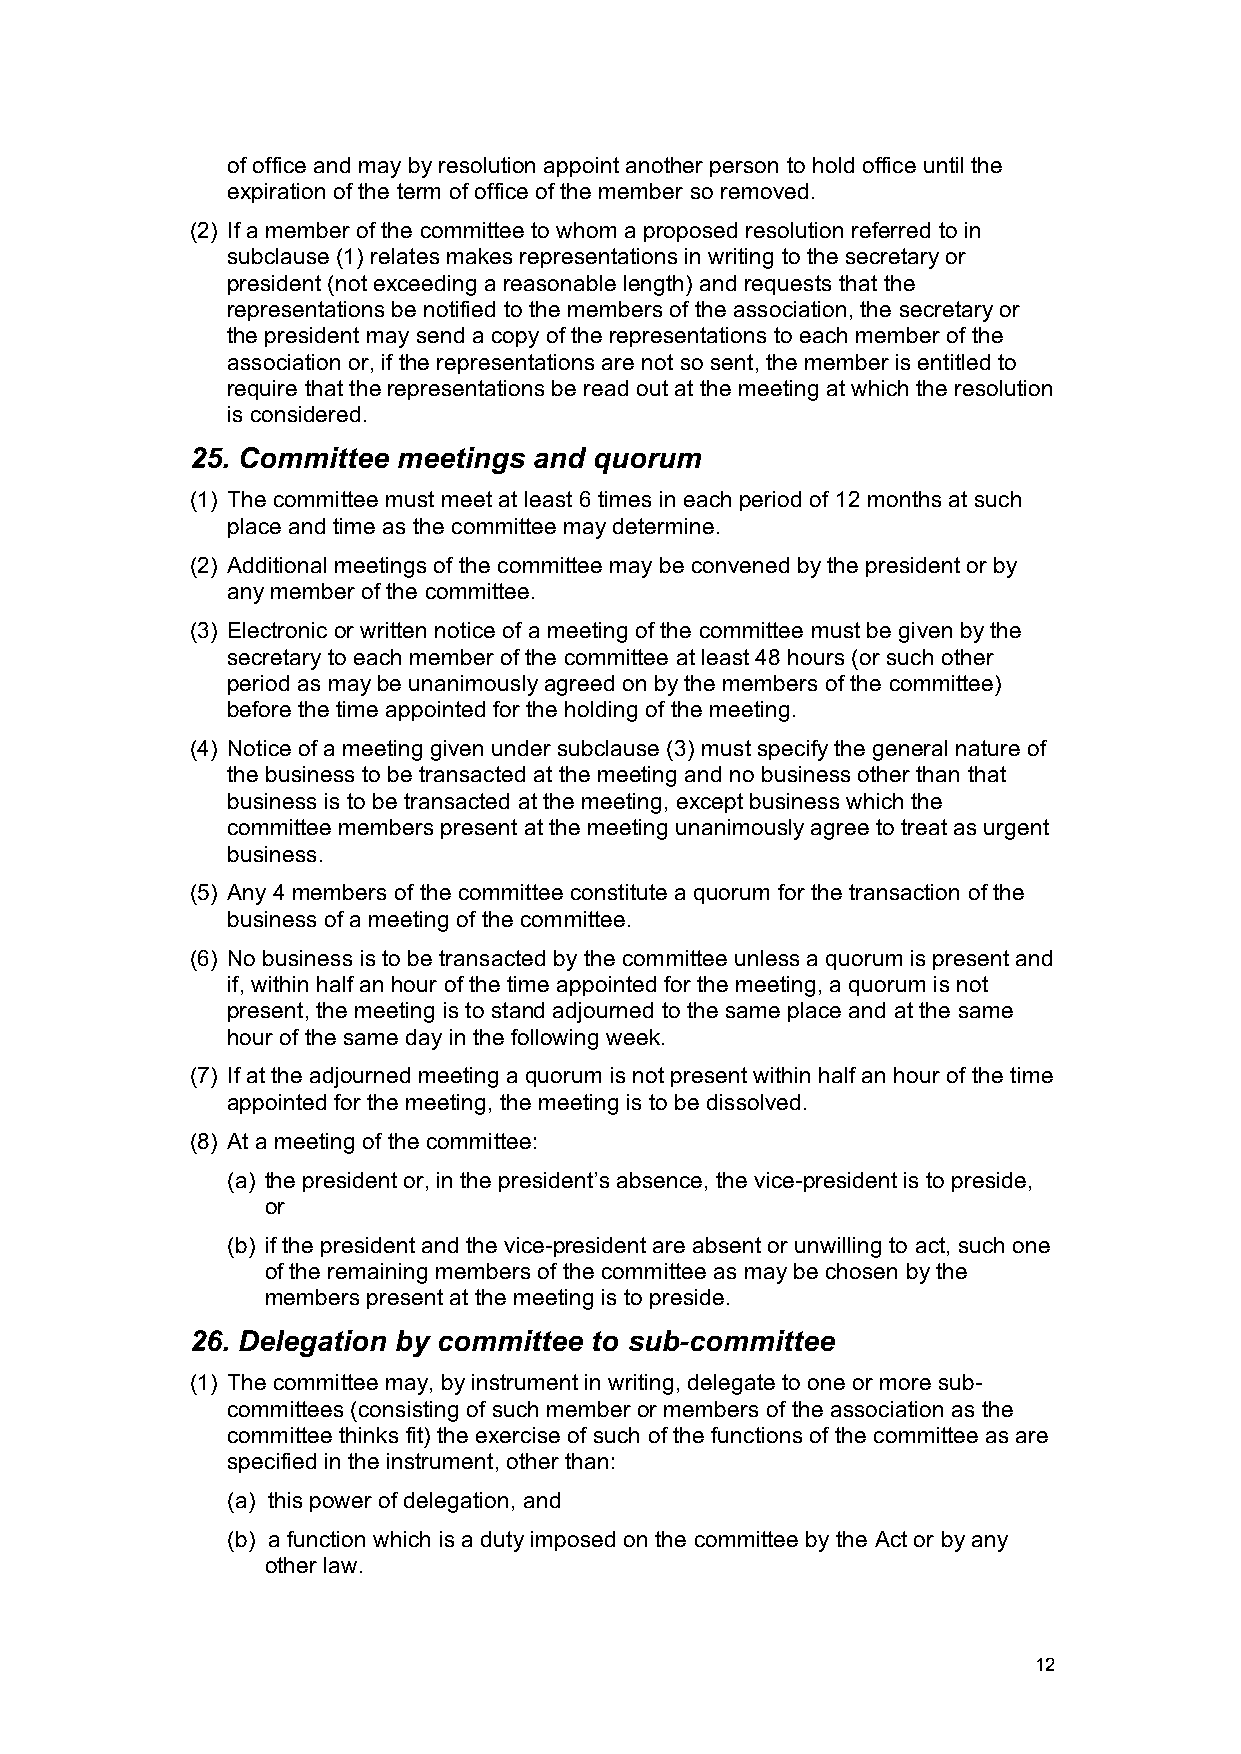
of office and may by resolution appoint another person to hold office until the
 expiration of the term of office of the member so removed.
 (2) If a member of the committee to whom a proposed resolution referred to in
 subclause (1) relates makes representations in writing to the secretary or
 president (not exceeding a reasonable length) and requests that the
 representations be notified to the members of the association, the secretary or
 the president may send a copy of the representations to each member of the
 association or, if the representations are not so sent, the member is entitled to
 require that the representations be read out at the meeting at which the resolution
 is considered.
 25. Committee meetings and quorum
 (1) The committee must meet at least 6 times in each period of 12 months at such
 place and time as the committee may determine.
 (2) Additional meetings of the committee may be convened by the president or by
 any member of the committee.
 (3) Electronic or written notice of a meeting of the committee must be given by the
 secretary to each member of the committee at least 48 hours (or such other
 period as may be unanimously agreed on by the members of the committee)
 before the time appointed for the holding of the meeting.
 (4) Notice of a meeting given under subclause (3) must specify the general nature of
 the business to be transacted at the meeting and no business other than that
 business is to be transacted at the meeting, except business which the
 committee members present at the meeting unanimously agree to treat as urgent
 business.
 (5) Any 4 members of the committee constitute a quorum for the transaction of the
 business of a meeting of the committee.
 (6) No business is to be transacted by the committee unless a quorum is present and
 if, within half an hour of the time appointed for the meeting, a quorum is not
 present, the meeting is to stand adjourned to the same place and at the same
 hour of the same day in the following week.
 (7) If at the adjourned meeting a quorum is not present within half an hour of the time
 appointed for the meeting, the meeting is to be dissolved.
 (8) At a meeting of the committee:
 (a) the president or, in the president’s absence, the vice-president is to preside,
 or
 (b) if the president and the vice-president are absent or unwilling to act, such one
 of the remaining members of the committee as may be chosen by the
 members present at the meeting is to preside.
 26. Delegation by committee to sub-committee
 (1) The committee may, by instrument in writing, delegate to one or more sub-
 committees (consisting of such member or members of the association as the
 committee thinks fit) the exercise of such of the functions of the committee as are
 specified in the instrument, other than:
 (a) this power of delegation, and
 (b) a function which is a duty imposed on the committee by the Act or by any
 other law.
 12